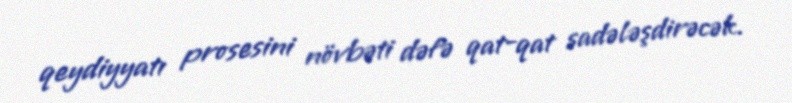
qeydiyyatı prosesini növbəti dəfə qat-qat sadələşdirəcək.